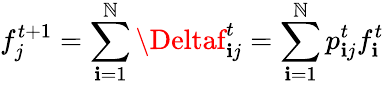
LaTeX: f_{j}^{t+1}=\sum_{\mathbf{i}=1}^{\mathbb{N}}\Deltaf_{\mathbf{i}j}^{t}=\sum_{\mathbf{i}=1}^{\mathbb{N}}p_{\mathbf{i}j}^{t}f_{\mathbf{i}}^{t}